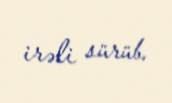
irəli sürüb.